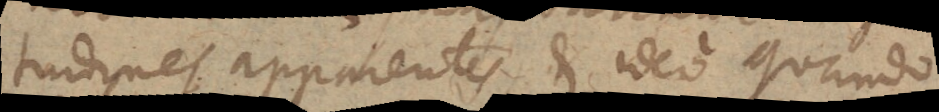
tudines apparentes, et ideo quando